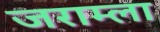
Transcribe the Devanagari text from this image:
जराम्ला